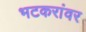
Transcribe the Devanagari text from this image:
भटकरांवर